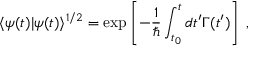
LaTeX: \langle \psi ( t ) | \psi ( t ) \rangle ^ { 1 / 2 } = \exp \left[ - \frac { 1 } { \hbar } \int _ { t _ { 0 } } ^ { t } d t ^ { \prime } \Gamma ( t ^ { \prime } ) \right] \; ,